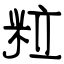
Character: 粒